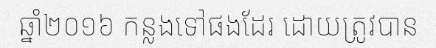
ឆ្នាំ២០១៦ កន្លងទៅផងដែរ ដោយត្រូវបាន